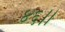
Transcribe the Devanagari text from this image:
४६।।